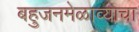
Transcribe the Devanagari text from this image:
बहुजनमेळाव्याचा